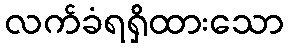
လက်ခံရရှိထားသော